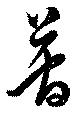
簡